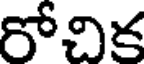
రోచిక